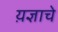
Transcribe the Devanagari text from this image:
य़ज्ञाचे